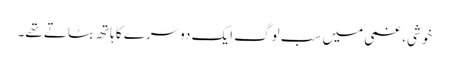
خوشی، غمی میں سب لوگ ایک دوسرے کا ہاتھ بٹاتے تھے۔